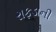
રાફડાની